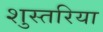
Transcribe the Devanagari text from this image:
शुस्तरिया